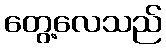
တွေ့လေသည်